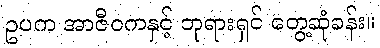
ဥပက အာဇီဝကနှင့် ဘုရားရှင် တွေ့ဆုံခန်း။